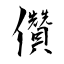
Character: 儹